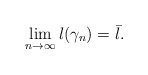
\begin{align*}\lim_{n\to\infty}l(\gamma_{n})=\bar{l}.\end{align*}